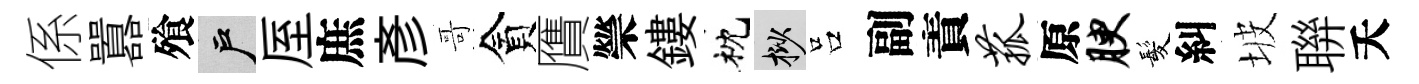
係囂飱户厔庶彦哥貪贋禜鏤枕挲吕副責菰原腴髪糾坡聨夭